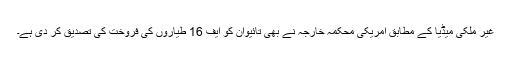
غیر ملکی میڈیا کے مطابق امریکی محکمہ خارجہ نے بھی تائیوان کو ایف 16 طیاروں کی فروخت کی تصدیق کر دی ہے۔